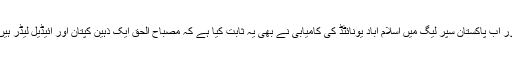
اور اب پاکستان سپر لیگ میں اسلام آباد یونائٹڈ کی کامیابی نے بھی یہ ثابت کیا ہے کہ مصباح الحق ایک ذہین کپتان اور آئیڈیل لیڈر ہیں۔